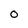
Character: O